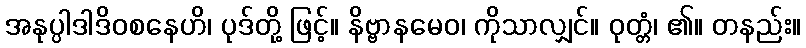
အနုပ္ပါဒါဒိဝစနေဟိ၊ ပုဒ်တို့ ဖြင့်။ နိဗ္ဗာနမေဝ၊ ကိုသာလျှင်။ ဝုတ္တံ၊ ၏။ တနည်း။